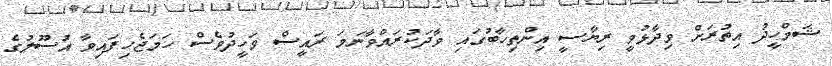
ޝަމްހީދު އިތުރަށް ވިދާޅުވީ ރިޔާސީ އިންތިހާބުގައި ވާދަކުރައްވާނަމަ ރައީސް ވަހީދުވެސް ހަމަޖެހިފައިވާ އުސޫލުގެ